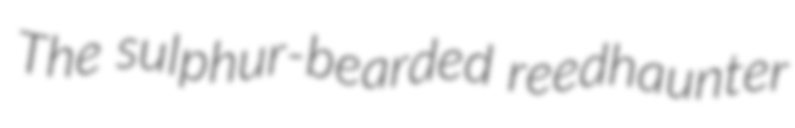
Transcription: The sulphur-bearded reedhaunter